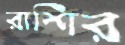
রাশির